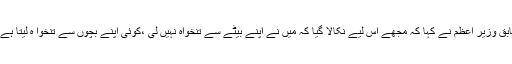
سابق وزیر اعظم نے کہا کہ مجھے اس لیے نکالا گیا کہ میں نے اپنے بیٹے سے تنخواہ نہیں لی ،کوئی اپنے بچوں سے تنخوا ہ لیتا ہے ؟